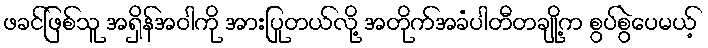
ဖခင်ဖြစ်သူ အရှိန်အဝါကို အားပြုတယ်လို့ အတိုက်အခံပါတီတချို့က စွပ်စွဲပေမယ့်